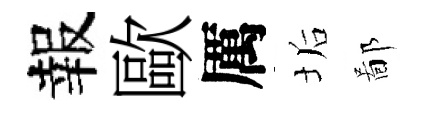
報歐厲垢鄙